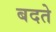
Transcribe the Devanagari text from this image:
बदते